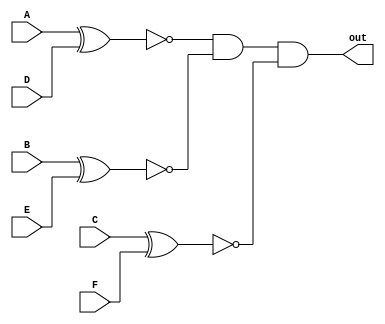
module comp_FUN(A, B, C, D, E, F, out);
   input A, B, C, D, E, F; // ENTRADAS DO MODULO RELACIONADAS A AMBAS FUNCIONALIDADES DE 3 BITS ESCOLHIDAS PELA INTERFACE
   output out; // SAIDA DO MODULO RELACIONADA A SE AS FUNCIONALIDADES SO IGUAIS OU NO
	wire igual_0, igual_1, igual_2; // FIOS DE SUPORTE PARA SEREM USADOS NAS PORTAS LOGICAS INTERMEDIARIAS
	
	// PORTAS LOGICAS XNOR PARA VERIFICAR A IGULDADE DE CADA BIT DE UM ENTRADA EM RELAO A OUTRA
	xnor Or0 (igual_0, A, D);
	xnor Or1 (igual_1, B, E);
	xnor Or2 (igual_2, C, F);
	
	
	// PORTA LOGICA AND PARA GERAR A SAIDA SE AS FUNCIONALIDADES SO IGUAIS OU NO
	and is_IGUAL (out, igual_0, igual_1, igual_2);
	
endmodule